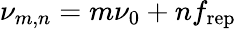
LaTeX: \nu_{m,n}=m\nu_{0}+nf_{\mathrm{rep}}